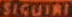
SIGUIRI